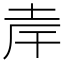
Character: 𪣄